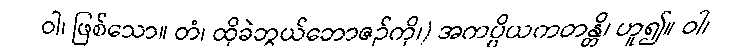
ဝါ၊ ဖြစ်သော။ တံ၊ ထိုခဲဘွယ်ဘောဇဉ်ကို၊) အကပ္ပိယကတန္တိ၊ ဟူ၍။ ဝါ၊